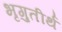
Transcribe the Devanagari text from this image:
भृगुतीर्थ